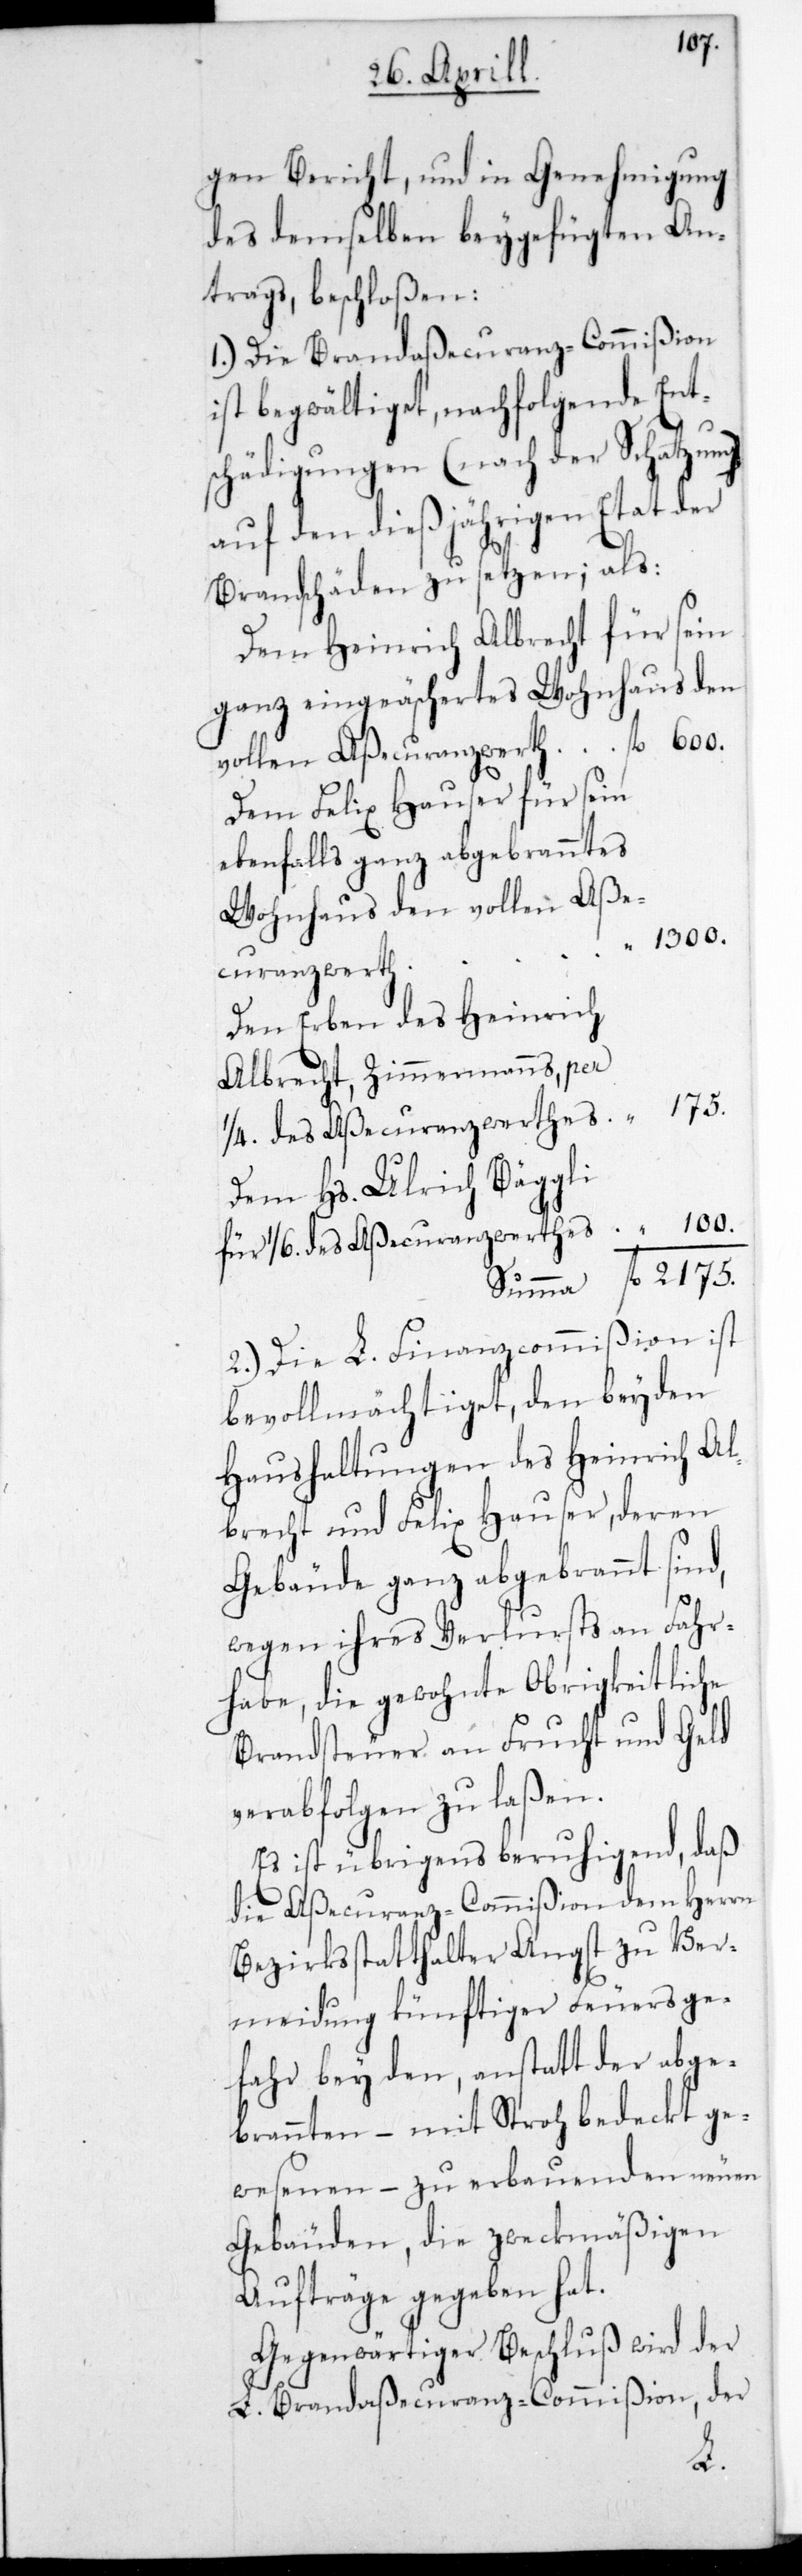
Bericht und in Genehmigung
des demselben beygefügten An¬
trags, beschloßen:
1.) Die Brandaßecuranz-Commißion
ist begwältiget, nachfolgende Ent¬
schädigungen (nach der Schatzung)
auf den diesjährigen Etat der
Brandschäden zu setzen; als:
dem Heinrich Albrecht für sein
ganz eingeäscheretes Wohnhaus den
vollen Aßecuranzwerth fl. 600.
Dem Felix Hauser für sein
ebenfalls ganz abgebranntes
Wohnhaus den vollen Aße¬
“ 1300.
curanzwerth
Fen Erben des Heinrich
Albrecht, Zimmermanns, per
1/4. des Aßecuranzwertes “ 175.
Dem Hs. Ulrich Bäggli
für 1/6. des Aßecuranzwertes “ 100.
Summa fl. 2175.
2.) Die L. Finanzcommißion ist
bevollmächtiget, den beyden
Haushaltungen des Heinrich Al¬
brecht und Felix Hauser, deren
Gebäude ganz abgebrannt sind,
wegen ihres Verlusts an Fahr¬
habe, die gewohnte Obrigkeitliche
Brandsteuer an Frucht und Geld
verabfolgen zu laßen.
Es ist übrigens beruhigend, daß
die Aßecuranz-Commißion dem Herrn
Bezirksstatthalter Angst zu Ver¬
meidung künftiger Feuersge¬
fahr bey den, anstatt der abge¬
brannten – mit Stroh bedeckt ge¬
wesenen – zu erbauenden neuen
Gebäuden, die zweckmäßigen
Aufträge gegeben hat.
Gegenwärtiger Beschluß wird der
L. Brandaßecuranz-Commißion, der